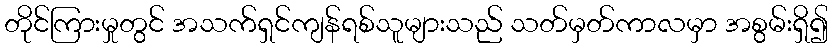
တိုင်ကြားမှုတွင် အသက်ရှင်ကျန်ရစ်သူများသည် သတ်မှတ်ကာလမှာ အစွမ်းရှိ၍